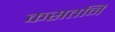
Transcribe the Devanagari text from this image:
कसतनि